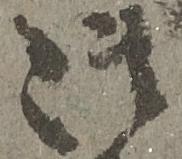
御